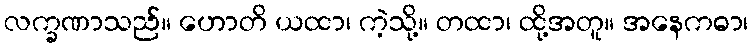
လက္ခဏာသည်။ ဟောတိ ယထာ၊ ကဲ့သို့။ တထာ၊ ထို့အတူ။ အနေကဓာ၊